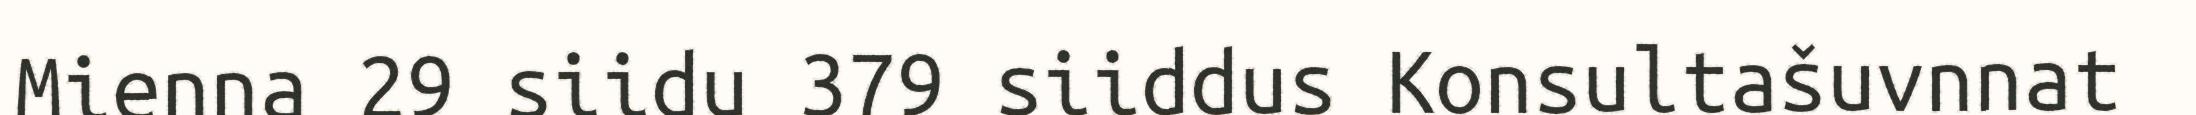
Mienna 29 siidu 379 siiddus Konsultašuvnnat